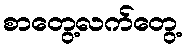
စာတွေ့လက်တွေ့